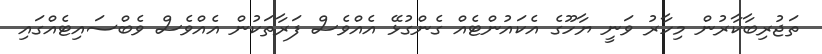
ތަޖުރިބާކާރުން މިހާރު ވަނީ ޔާހޫގެ އެކައުންޓެއް ގެންގުޅޭ އެއްވެސް ފަރާތަކުން އެއްވެސް ވެބްސައިޓެއްގައި